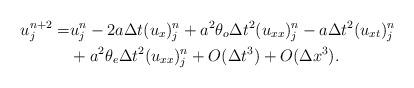
LaTeX: \begin{align*}u^{n+2}_j =& u^n_j - 2 a \Delta t (u_x)^n_j + a^2 \theta_o \Delta t^2 (u_{xx})^n_j - a \Delta t^2 (u_{xt})^n_j \\&+ a^2 \theta_e \Delta t^2 (u_{xx})^n_j + O(\Delta t^3) +O(\Delta x^3).\end{align*}